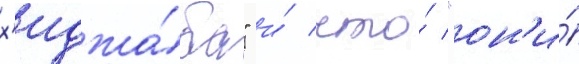
х'иджа́ба" и́ что́ "он'и́